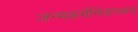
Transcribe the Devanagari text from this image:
जन्मकर्मनिवारकम्